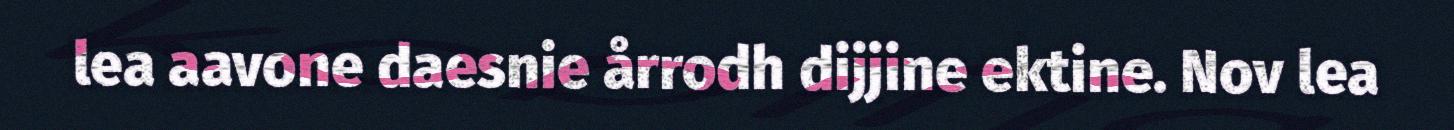
lea aavone daesnie årrodh dijjine ektine. Nov lea